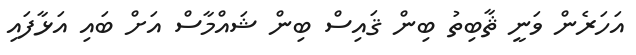
އަހަރެން ވަނީ ޘާބިތު ބިން ޤައިސް ބިން ޝައްމާސް އަށް ބައި އަޅާފައި